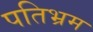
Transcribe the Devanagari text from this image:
पतिभ्रम